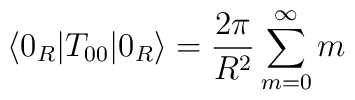
\langle 0_R |T_{00}|0_R\rangle={2\pi\over{R^2}}\sum_{m=0}^{\infty}m